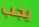
يجب